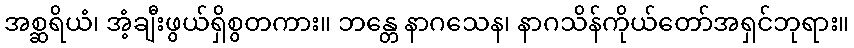
အစ္ဆရိယံ၊ အံ့ချီးဖွယ်ရှိစွတကား။ ဘန္တေ နာဂသေန၊ နာဂသိန်ကိုယ်တော်အရှင်ဘုရား။